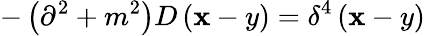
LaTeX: -\left(\partial^{2}+m^{2}\right)D\left(\mathbf{x}-y\right)=\delta^{4}\left(\mathbf{x}-y\right)